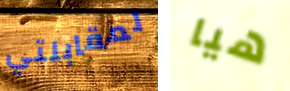
لمقابلتي هيا